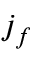
j _ { f }